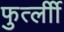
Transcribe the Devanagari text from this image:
फुर्त्लीी